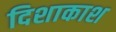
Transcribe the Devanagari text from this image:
दिशाकाश